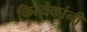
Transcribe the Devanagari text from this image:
कित्येकांनी